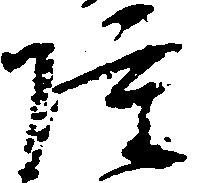
雖